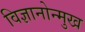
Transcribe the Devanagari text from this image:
विज्ञानोन्मुख